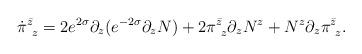
LaTeX: \begin{align*}\dot \pi^{\bar z}_{~ z}= 2 e^{2\sigma}\partial_z(e^{-2\sigma}\partial_zN) + 2 \pi^{\bar z}_{~z}\partial_z N^z + N^z\partial_z \pi^{\bar z}_{~z}.\end{align*}